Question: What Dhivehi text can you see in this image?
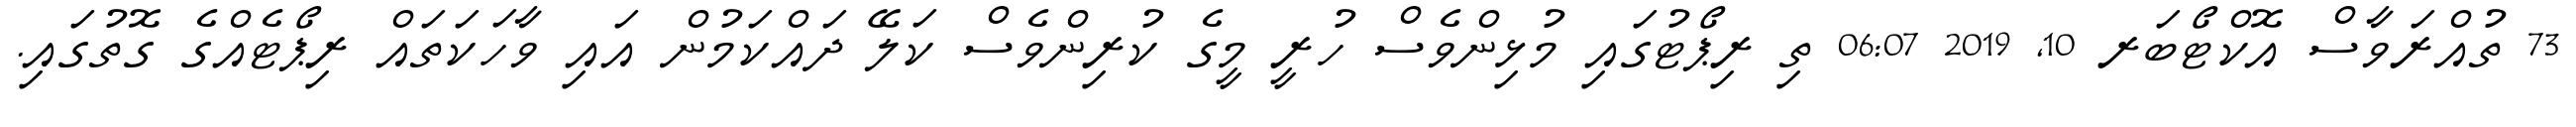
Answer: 73 ތުއްރަވާސް އޮކްޓޯބަރ 10, 2019 06:07 ތި ރިޕޯޓުގައި މުޅިންވެސް ހުރީ މީގެ ކުރިންވެސް ކަލޭ ދައްކަމުން އައި ވާހަކަތައް ރިޕޯޓެއްގެ ގޮތުގައި.